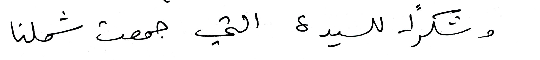
وشكراً للسيدة التي جمعت شملنا